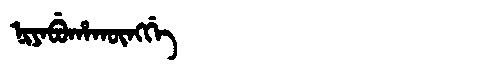
Manchu: ᠨᡳᠶᠠᠪᡠᡥᠠᡴᡡᠩᡤᡝ
Romanization: NIYABUHAKŪNGGE